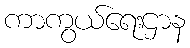
ကာကွယ်ရေးဌာန